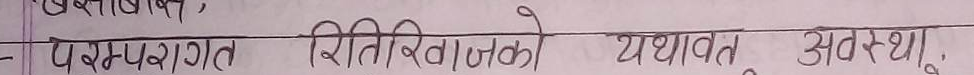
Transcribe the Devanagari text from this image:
परम्परागत रीति-रिवाजों को यथावत् अवस्था।